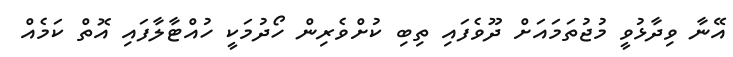
އޭނާ ވިދާޅުވީ މުޖުތަމައަށް ދޫވެފައި ތިބި ކުށްވެރިން ހޯދުމަކީ ހުއްޓާލާފައި އޮތް ކަމެއް